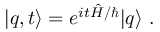
| q , t \rangle = e ^ { i t \hat { H } / \hbar } | q \rangle \ .